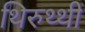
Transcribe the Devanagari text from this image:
थिरुथ्थी